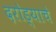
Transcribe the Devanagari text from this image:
दरोड्याचे